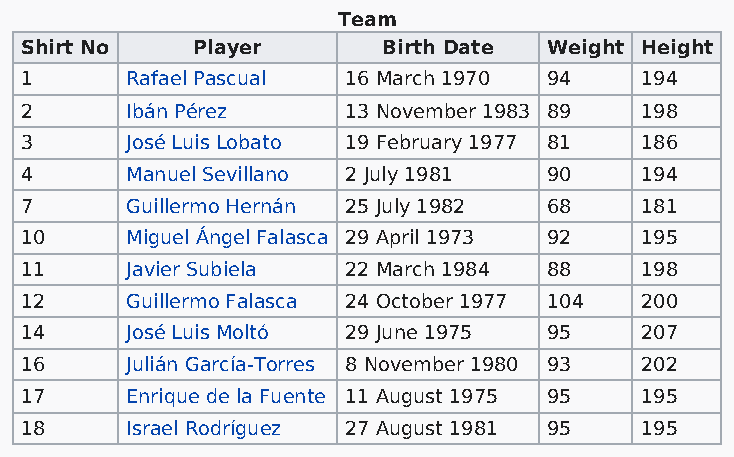
Team
 Shirt No    Player      Birth Date Weight Height
 1      Rafael Pascual 16 March 1970 94   194
 2      Ibán Pérez     13 November 1983 89 198
 3      José Luis Lobato 19 February 1977 81 186
 4      Manuel Sevillano 2 July 1981 90   194
 7      Guillermo Hernán 25 July 1982 68  181
 10     Miguel Ángel Falasca 29 April 1973 92 195
 11     Javier Subiela 22 March 1984 88   198
 12     Guillermo Falasca 24 October 1977 104 200
 14     José Luis Moltó 29 June 1975 95   207
 16     Julián García-Torres 8 November 1980 93 202
 17     Enrique de la Fuente 11 August 1975 95 195
 18     Israel Rodríguez 27 August 1981 95 195